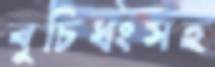
বুচিধংসহ